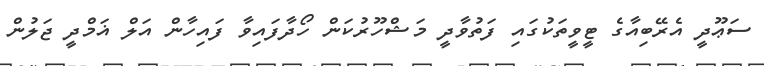
ސަޢޫދީ އެރޭބިއާގެ ޓީވީތަކުގައި ފަތުވާދީ މަޝްހޫރުކަން ހޯދާފައިވާ ފައިހާން އަލް ޣަމްދީ ޖަލުން